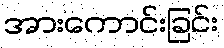
အားကောင်းခြင်း